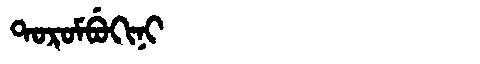
Manchu: ᡨᠣᡵᠣᠮᠪᡠᡴᡳᠨᡳ
Romanization: TOROMBUKINI